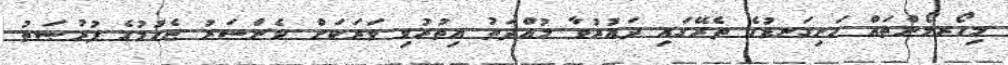
މިހޯރމޯންތައް ހަށިގަނޑުގެ ތެރޭގައި ދައުރުވާ މުއްދަތު އިތުރުވި ވަރަކަށް ކެންސަރު ޖެހުމުގެ ފުރުޞަތު